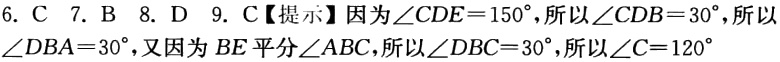
6. C 7. B 8. D 9. C【提示】因为\(\angle CDE = 150^{\circ}\)，所以\(\angle CDB = 30^{\circ}\)，所以\(\angle DBA = 30^{\circ}\)，又因为\(BE\)平分\(\angle ABC\)，所以\(\angle DBC = 30^{\circ}\)，所以\(\angle C = 120^{\circ}\)